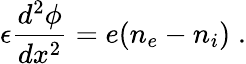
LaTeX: \epsilon\frac{d^{2}\phi}{dx^{2}}=e(n_{e}-n_{i})\; .